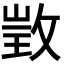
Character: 𢽠